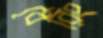
বেরিং